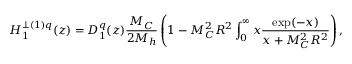
H _ { 1 } ^ { \perp ( 1 ) q } ( z ) = D _ { 1 } ^ { q } ( z ) \frac { M _ { C } } { 2 M _ { h } } \left( 1 - M _ { C } ^ { 2 } R ^ { 2 } \int _ { 0 } ^ { \infty } \d x \frac { \exp ( - x ) } { x + M _ { C } ^ { 2 } R ^ { 2 } } \right) ,